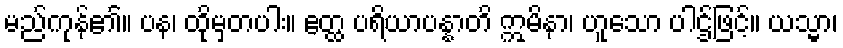
မည်ကုန်၏။ ပန၊ ထိုမှတပါး။ ဧတ္ထ ပရိယာပန္နာတိ ဣမိနာ၊ ဟူသော ပါဌ်ဖြင့်။ ယသ္မာ၊